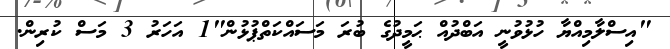
"އިސްލާމިއްޔާ ހުޅުވުނީ އަބްދުއް ޙަމީދުގެ ބުރަ މަސައްކަތްޕުޅުން"1 އަހަރު 3 މަސް ކުރިން.